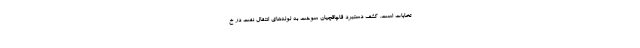
تخابات است. کشف دستبرد قاچاقچیان سوخت به لوله‌های انتقال نفت در خ